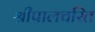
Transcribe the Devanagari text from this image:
श्रीपालचरित